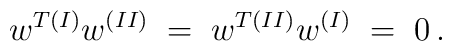
w^{T(I)}w^{(II)} \;= \; w^{T(II)}w^{(I)} \;=\; 0\,.